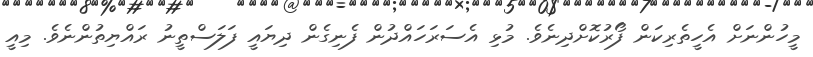
މީހުންނަށް އެހީތެރިކަން ފޯރުކޮށްދިނެވެ. މުޅި އެސަރަހައްދުން ފެނިގެން ދިޔައީ ފަލަސްތީނު ރައްޔިތުންނެވެ. މިއީ